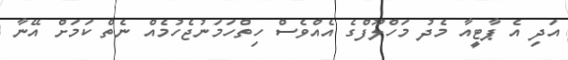
އަދި އެ ޕާޓީއާ މެދު މަހްލޫފްގެ އެއްވެސް ހިތްހަމަނުޖެހުމެއް ނެތް ކަމަށް އޭނާ